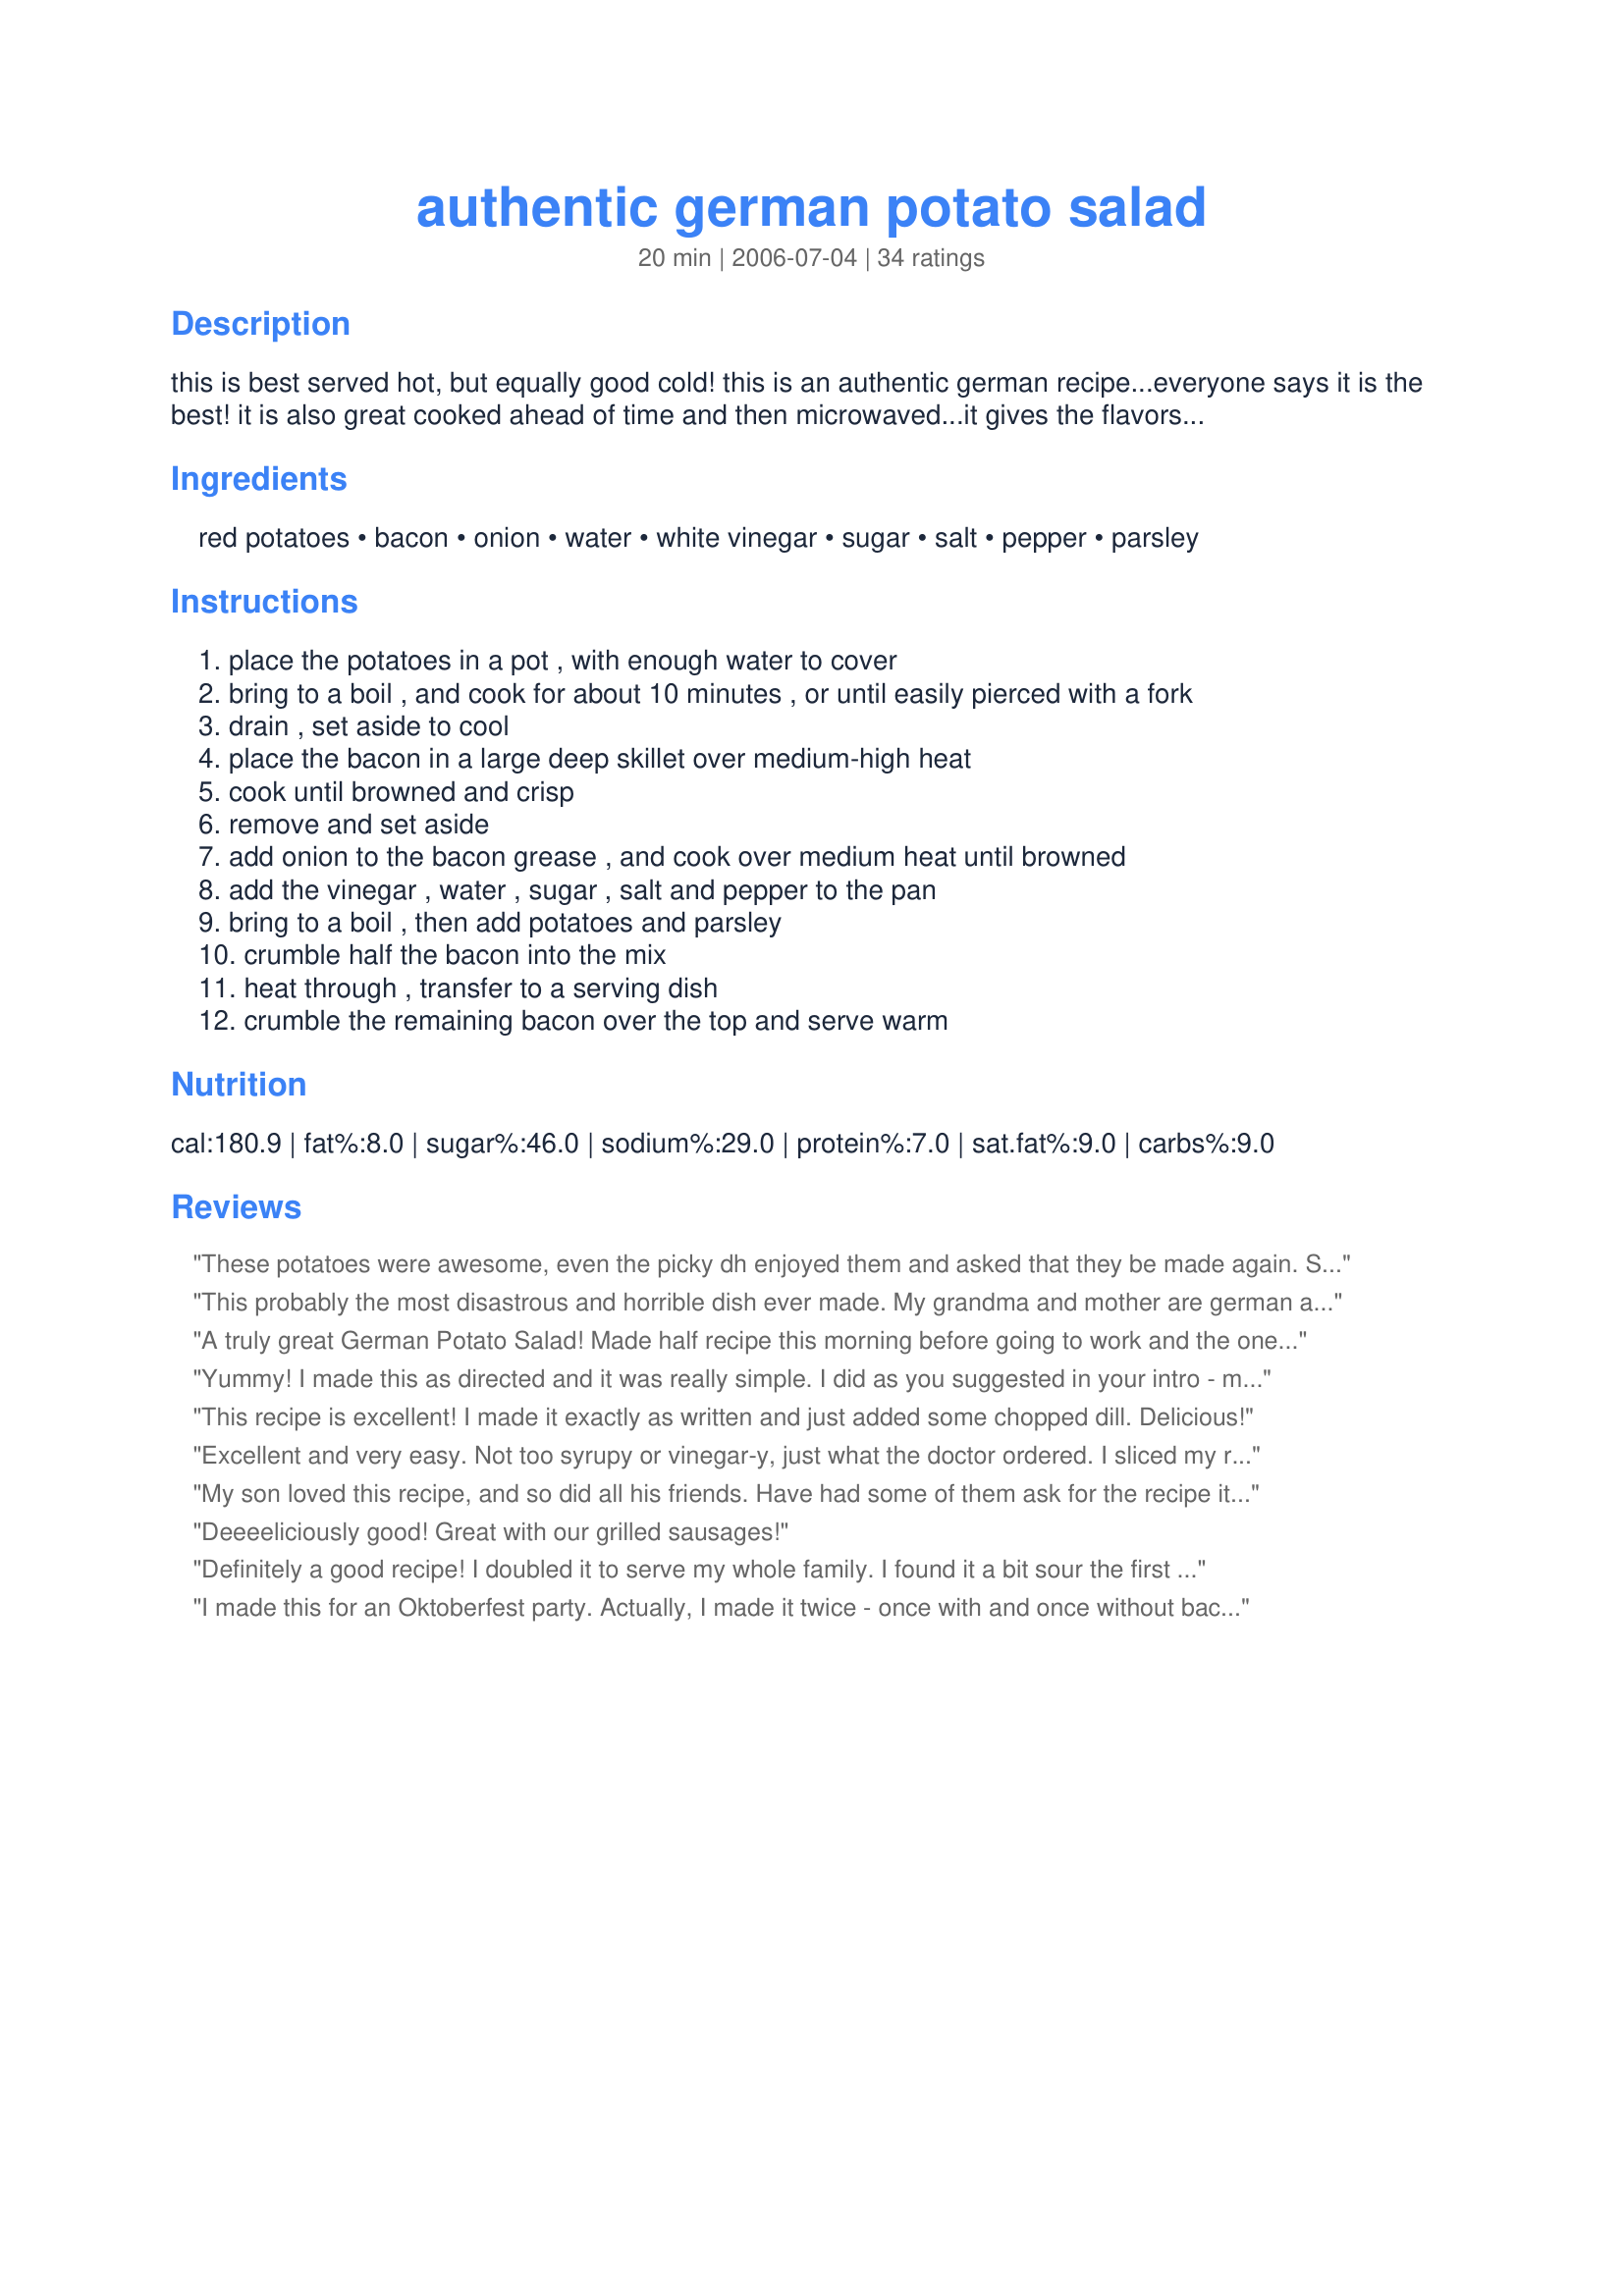
authentic german potato salad
Preparation time: 20 minutes

this is best served hot, but equally good cold! this is an authentic german recipe...everyone says it is the best! it is also great cooked ahead of time and then microwaved...it gives the flavors time to blend.

Ingredients:
red potatoes, bacon, onion, water, white vinegar, sugar, salt, pepper, parsley

Steps:
place the potatoes in a pot , with enough water to cover
bring to a boil , and cook for about 10 minutes , or until easily pierced with a fork
drain , set aside to cool
place the bacon in a large deep skillet over medium-high heat
cook until browned and crisp
remove and set aside
add onion to the bacon grease , and cook over medium heat until browned
add the vinegar , water , sugar , salt and pepper to the pan
bring to a boil , then add potatoes and parsley
crumble half the bacon into the mix
heat through , transfer to a serving dish
crumble the remaining bacon over the top and serve warm

Reviews:
These potatoes were awesome, even the picky dh enjoyed them and asked that they be made again. So good, tender potatoes, carmalized onions and crispy bacon in a sweet, salty, tangy dressing. &#039;&#039;Thank you so much for sharing a recipe that will be made again and again. Made for Your Consideration?
This probably the most disastrous and horrible dish ever made. My grandma and mother are german and would have never ever put such a dish on a dinner table. I don't know what is going on with traditional food and why we are trying to turn salty food into desserts and desserts into salty appetizers. For those who like Asian fusion, a steak covered with Nutella or an ice cream with bacon, this dish is for you. The potatoes are so sweet and vinegary, it actually manage to take away the taste of bacon. If like me, you prefer traditional recipe, stay away from this recipe. I just cooked and I am so mad to have to waste so much food.
A truly great German Potato Salad! Made half recipe this morning before going to work and the one little bite I snuck in before packing up left me wishing lunch time would hurry up and come. I made using rust potatoes because that is what I had on hand and used a nice red onion. Thanks for the great salad.
Yummy! I made this as directed and it was really simple. I did as you suggested in your intro - made it ahead and then nuked it for dinner. Very flavorful. Thanks breezermom for a great treat. Made for ZWT6 by one of your fellow Unrulies Under the Influence.
This recipe is excellent! I made it exactly as written and just added some chopped dill. Delicious!
Excellent and very easy. Not too syrupy or vinegar-y, just what the doctor ordered. I sliced my red potatoes before boiling them and they didn&#039;t fall apart and looked pretty. Thanks for the keeper!
My son loved this recipe, and so did all his friends. Have had some of them ask for the recipe it is that good. Also made it for ZWT6 and Voracious Vagabonds.
Deeeeliciously good! Great with our grilled sausages!
Definitely a good recipe! I doubled it to serve my whole family. I found it a bit sour the first day from the vinegar, and quite sweet the second after I'd let it sit in the fridge, but it paired nicely with the meatless lentil meatloaf I made. I also kept it a vegetarian version by adding in some peppers and garlic scapes to take the bacon's place. Overall I'll definitely try again, but will need to experiment with the flavours. Thanks for sharing!
I made this for an Oktoberfest party. Actually, I made it twice - once with and once without bacon (for myself and other vegetarians). It was awesome, even without the bacon, and our guests raved about the meat version. I made it the evening before the party, and I'm glad I did. The overnight time in the fridge really helped the flavors to blend well. One tip: if you are also planning to make this as a vegetarian dish, add an extra half and onion or so, and really caramelize the onions (low heat for a good 45 minutes). It ups the flavor and tastes amazing. <br/><br/>Thanks for a great recipe!
Yum. Made this two days in a row.
Second time around, I added some dill and Dijon mustard.
Obviously I&#039;ll be making this again.
We enjoyed this wonderfully flavoursome potato salad warm this evening - and I've sampled a small amount cold. Great either way - and I do look forward to eating a serve for tomorrow's take-to-work lunch. I made this pretty much to the recipe - except for adding 3 cloves of minced garlic to the onions in step three. We loved the contrasting sweet and savoury flavours and really loved the bacon in this: a great blend of flavours. All in all a great potato salad, breezermom, and certainly one I'll happily make again. Made for 1-2-3 Hit Wonders.
What a great German potato salad! We liked that the potatoes are diced instead of sliced - gave it a different texture. And the seasonings were just perfect. This went great with a bratwurst skillet with onions & peppers. Thanks for posting! ~Sue
Everyone really enjoyed this!! Thanks so much for sharing!!
My husband is German as is my family! This recipe did not disappoint! Definately adding it to the family recipe book!
This is sensational! I goofed and used white wine vinegar, but it hasn't seemed to hurt the fabulous taste, texture, etc. Also I sliced my potatoes (about 4 medium russets) instead of dicing them. The taste gets better and better the longer the flavors meld, and I agree that this is delicious warm or cold. This has the right amount of tang and sweetness and bacon...mmmm! Yummy!
Let me start by saying, I don't cook. My wife laughed at me when I told her I was going to make german potato salad for my parents 50th wedding anniversary. I tripled this recipe to make a nice size pan, and the results were amazing. All I have to say is that a room full of old Germans ripped through the pan, talked about how great it was, wanted to know who made it and asked if I would make it at every get together. THANK YOU for this recipe!
Yup! This is authentic and how I make mine. : )
I really enjoyed - both warm and cold! The diced potatoes made it a little different and the flavor was great. I will be making this often. Made for Please Review My Recipe Tag Game.
Very good German potato salad. At first it didn't seem like the ones we ate when we lived in Germany but after sitting overnight in the fridge and the flavours have melded it is much more like them. I did add just a pinch more sugar. All the potato salads we had while there were with sliced potatoes and just a touch of fresh dill ( this could be from the region we lived in LOL) Definite keeper and will be made again. Made for Everyday is a Holiday Tag.
Forgot to add I used red onion since the yellow ones are horrid in the store right now .
Fabulous recipe, from someone who lived 20 years with German women making this salad; I love it!! And they would too.
Great dish
We enjoyed this potato salad. It seemed â€œlighterâ€� than the usual German potato salad Iâ€™ve made; I think because it didnâ€™t have flour to thicken the sauce. So it was more of a vinaigrette instead of sticking to the potatoes. We like it that way. :)
My husband begged me to make German potato salad after we had been to the German American festival in our area.So I Googled recipes and picked this one. I tripled the recipe just in case it turned out. My husband and the neighbor ate all of the salad so I made another batch and will definitely pass the recipe forward. Thanks so much.
Just like Grandma used to make! Lovely potato salad--and it was gobbled up by all. Made for Football Pool, 2010.
Very good indeed ! We also liked the dicing of the potatoes and it was easy to make. Please see my Rating System: 4 wonderful stars for an tasty recipe that I will be making again. Thanks!
When making German Potato Salad using your Bacon Grease and flour for thicker sauce. After you have fried your bacon as usual then add the flour to the grease and slowly add flour to the bacon grease, then after it thickens add vinegar and sugar: keeping it thick! My grandparents are from Germany and taught me how to make it!
Best Recipe! Very Authentic german! Must keep for german-food lovers!!
I like it a little thicker, so added a little flour. Made twice the recipes except potatoes. Turned out just the way I wanted.
Made for Spring Pick a Chef 2011 and I am glad I did. I made this to go along with your Horseradish Meatloaf#434823 and a vegetable and we had a fabulous meal that DH and his dad could only mumble yummmmm. I sliced the potatoes instead of dicing and used some regular onions and some slivered green onions for a little more color along with fresh parsley. The flavors were right on. Not too tart or sweet. Definately going into my Favorites of 2011.
I made this for our family over the Memorial Day Holiday... had to triple the recipe...it was wiped clean...my daughter said there was only one thing wrong with the recipe... there wasn't enough...she has never been a potato salad eater... thank you for submitting this.
Great potato salad - perfect balance of flavors. Served it with bratwurst and cabbage ... it added a real level of complexity to a simple meal. Thanks for a great recipe.
Thanks to the review by Mary Jane D I thickened the vinegary sauce and I used less sugar. It was a hit at the bratwurst party. I don't know how it would have turned out with the sauce being so thin so I am only giving this 4 stars.
This is the first recipe I've tried for German potato salad, and I don't think I'll be looking any further. The tart/sweet/salt ratio was just right for us. Perfect paired with brats off the grill. Thanks for a keeper!!
